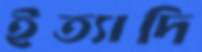
ইত্যাদি